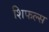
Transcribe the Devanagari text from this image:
शिफल्स